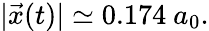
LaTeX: |\vec{x}(t)|\simeq 0.174~a_{0}.